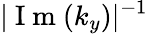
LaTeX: |\mathrm{~I~m~}(k_{y})|^{-1}